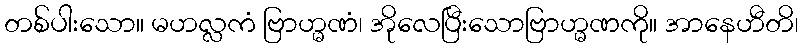
တစ်ပါးသော။ မဟလ္လကံ ဗြာဟ္မဏံ၊ အိုလေပြီးသောဗြာဟ္မဏကို။ အာနေဟီတိ၊